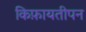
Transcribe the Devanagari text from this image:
किफ़ायतीपन